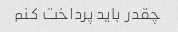
چقدر باید پرداخت کنم